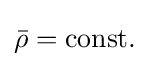
{\bar {\rho }}=\mathrm {const.}